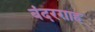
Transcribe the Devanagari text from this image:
बंदरग़ाह